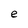
Character: e